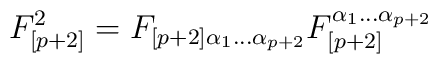
F_{[p+2]}^2=F_{\left[ p+2\right]\alpha _{1}\dots \alpha _{p+2}}F_{[p+2] }^{\alpha _{1}\dots \alpha _{p+2}}